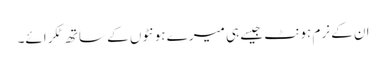
ان کے نرم ہونٹ جیسے ہی میرے ہونٹوں کے ساتھ ٹکرائے۔